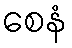
စေနံ